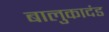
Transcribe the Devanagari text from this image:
बालुकादंड